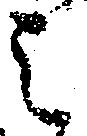
之